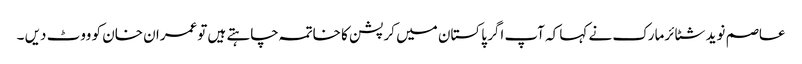
عاصم نوید شٹائرمارک نے کہا کہ آپ اگر پاکستان میں کرپشن کا خاتمہ چاہتے ہیں توعمران خان کو ووٹ دیں ۔